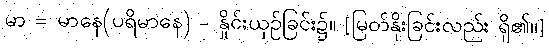
မာ = မာနေ(ပရိမာနေ) - နှိုင်းယှဉ်ခြင်း၌။ [မြတ်နိုးခြင်းလည်း ရှိ၏၊၊]